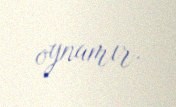
oynamır.